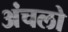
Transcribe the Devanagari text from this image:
अंचलो